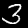
Digit: 3